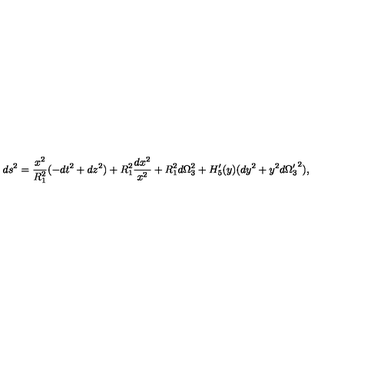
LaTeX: d s ^ { 2 } = { \frac { x ^ { 2 } } { R _ { 1 } ^ { 2 } } } ( - d t ^ { 2 } + d z ^ { 2 } ) + R _ { 1 } ^ { 2 } { \frac { d x ^ { 2 } } { x ^ { 2 } } } + R _ { 1 } ^ { 2 } d \Omega _ { 3 } ^ { 2 } + H _ { 5 } ^ { \prime } ( y ) ( d y ^ { 2 } + y ^ { 2 } d { \Omega _ { 3 } ^ { \prime } } ^ { 2 } ) ,